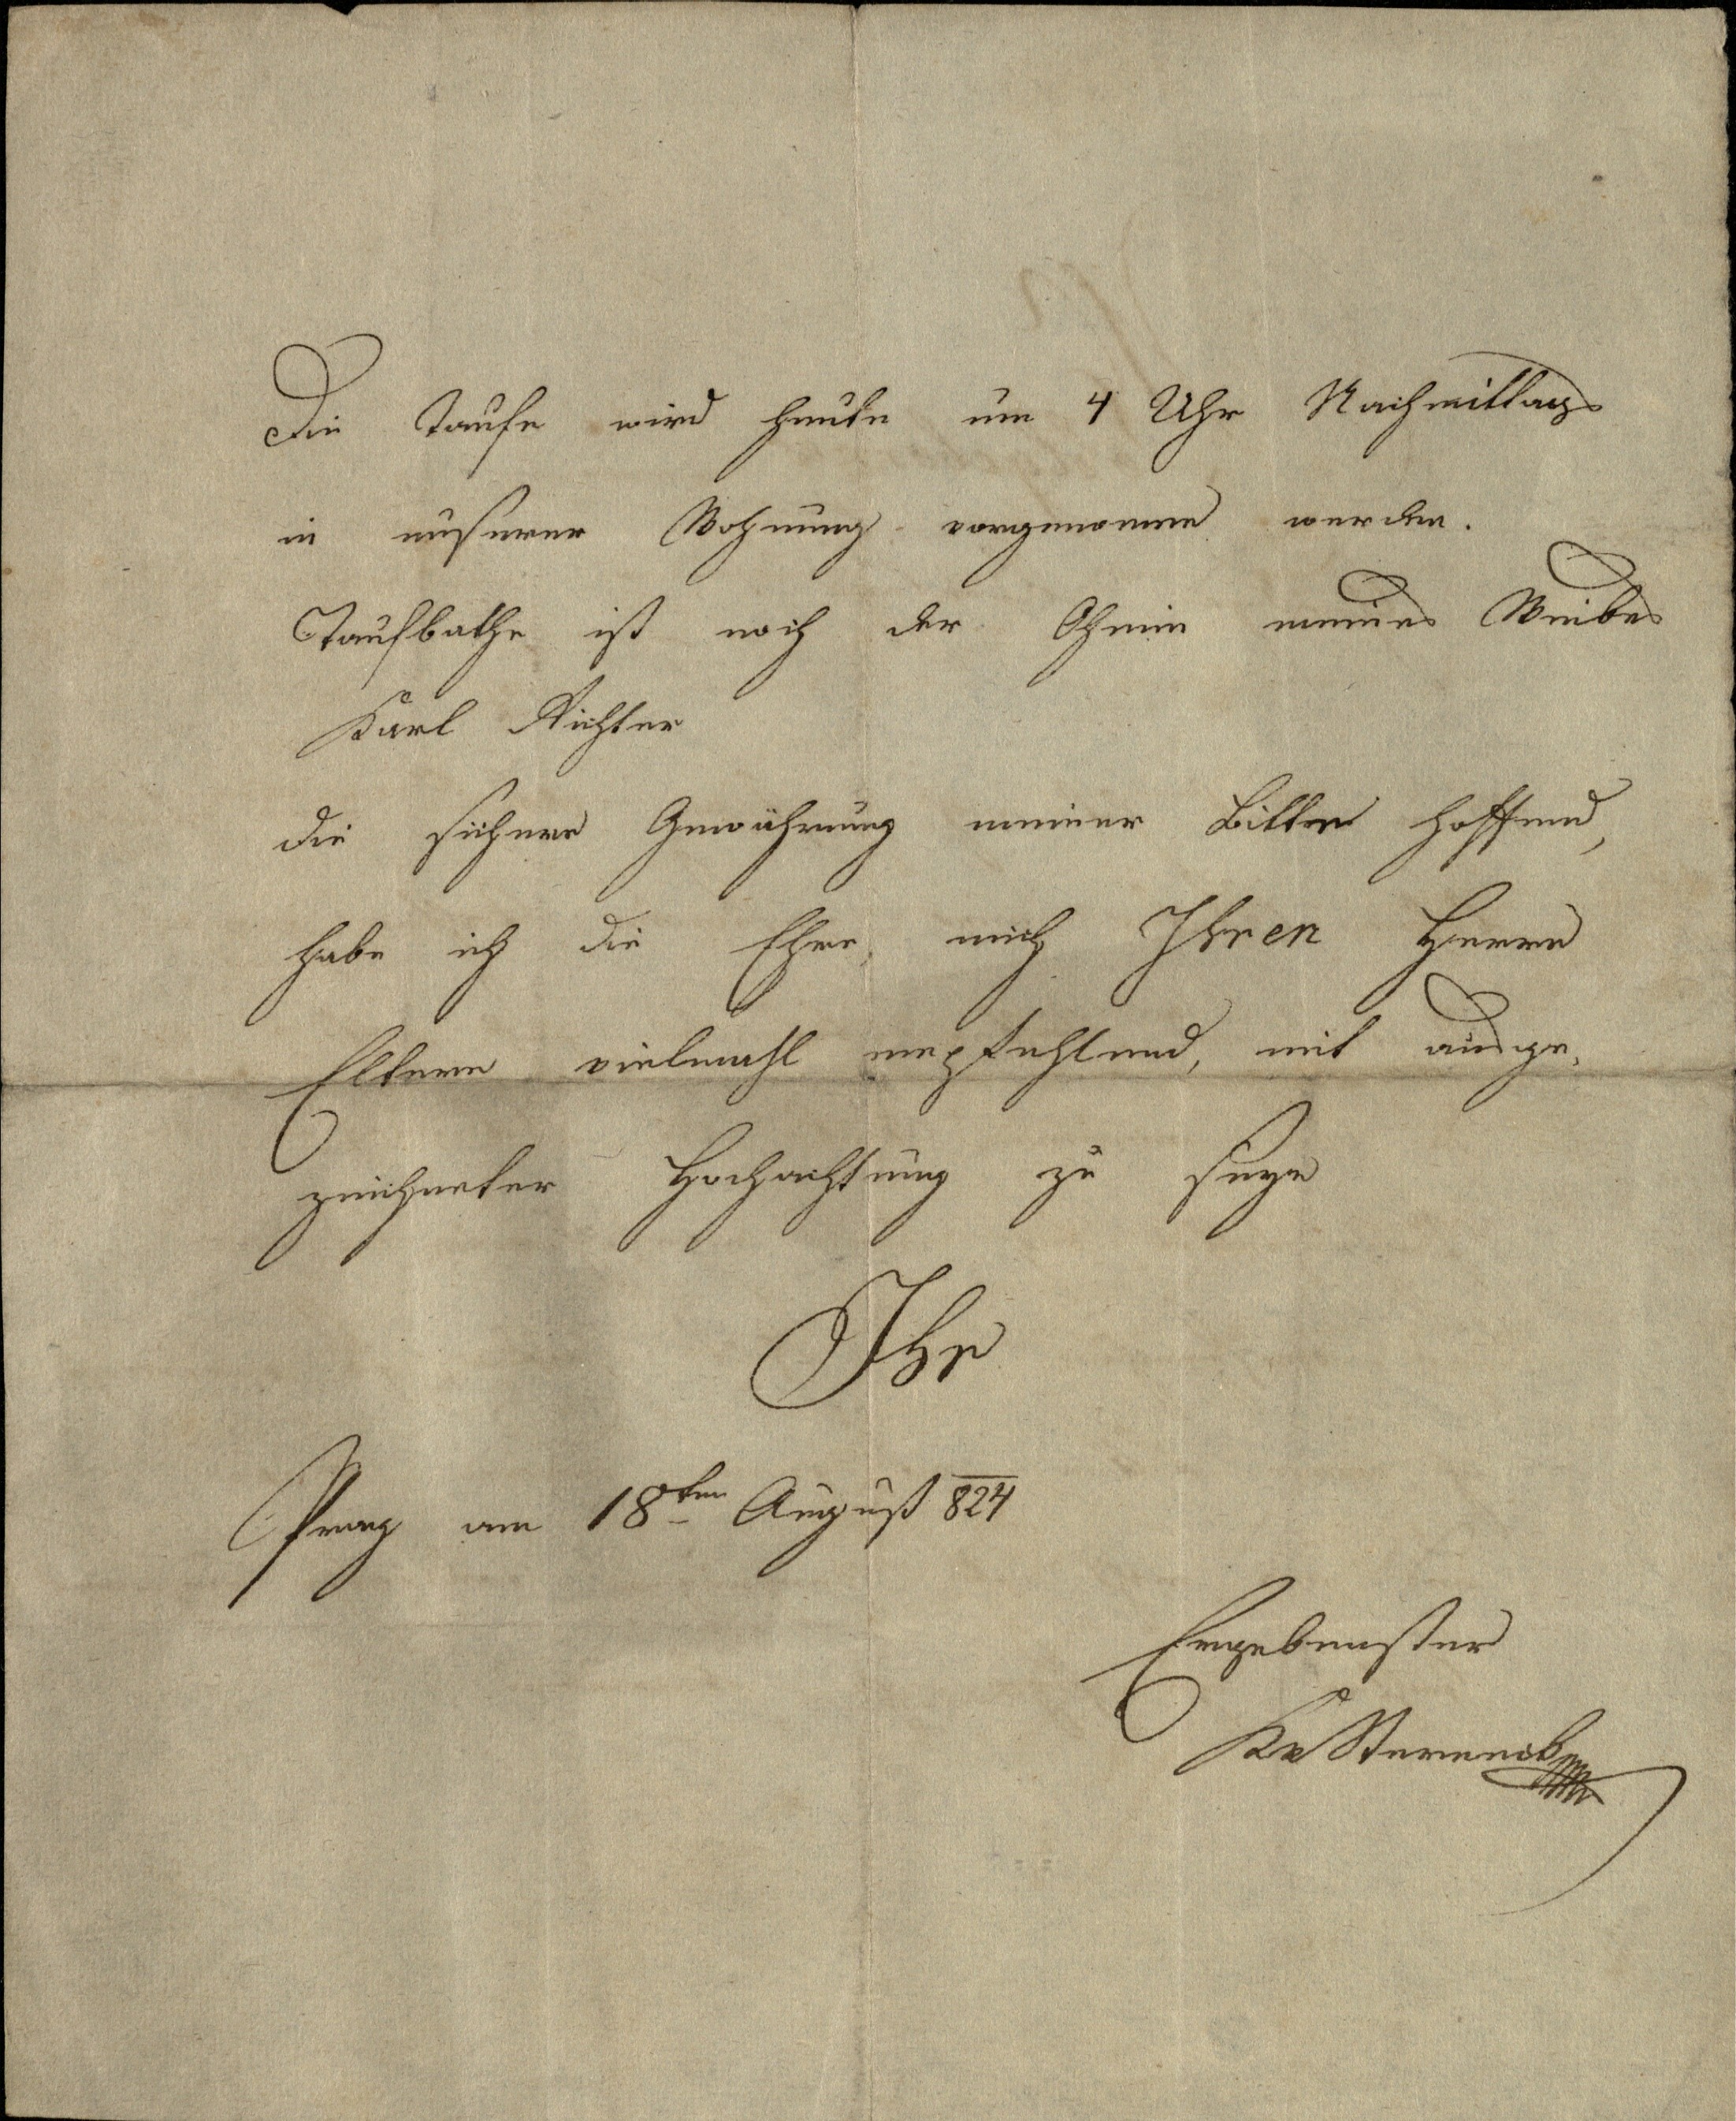
Die Taufe wird heute um 4 Uhr Nachmittag
in unserer Wohnung vorgenommen werden.
Taufbathe ist noch der Oheim meines Weibes
Karl Aichter.
Die sichere Gewährung meiner Bitte hoffend,
habe ich die Ehre mich Ihren Herrn
Eltern vielmahl empfehlend, mit ausge¬
zeichneter Hochachtung zu seyn
Ihr
Prag am 18ten August 1824
Ergebenster
Krsternesk